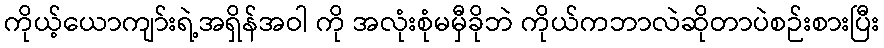
ကိုယ့်ယောကျာ်းရဲ့အရှိန်အဝါ ကို အလုံးစုံမမှီခိုဘဲ ကိုယ်ကဘာလဲဆိုတာပဲစဉ်းစားပြီး